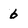
Character: 6